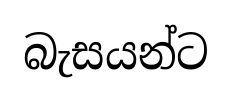
බැසයන්ට